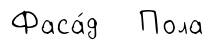
Фаса́д Пола